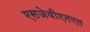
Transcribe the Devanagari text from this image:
एसजेवीएनएल